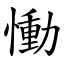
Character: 慟